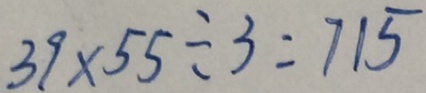
3 9 \times 5 5 \div 3 = 7 1 5